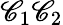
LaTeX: \mathscr{C}_{1}\mathscr{C}_{2}